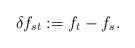
LaTeX: \begin{align*}\delta f_{st} : = f_t - f_s.\end{align*}